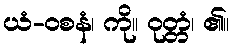
ယံ-ဝစနံ၊ ကို။ ဝုတ္တံ၊ ၏။